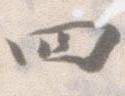
四